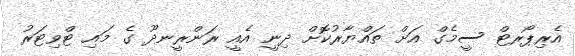
އެރިޕޯރޓް ސީމެގް އަށް ތައްޔާރުކޮށް ދިނީ އެއީ ރަންރީނދޫ ގެ މައި ޓްވިޓަރު